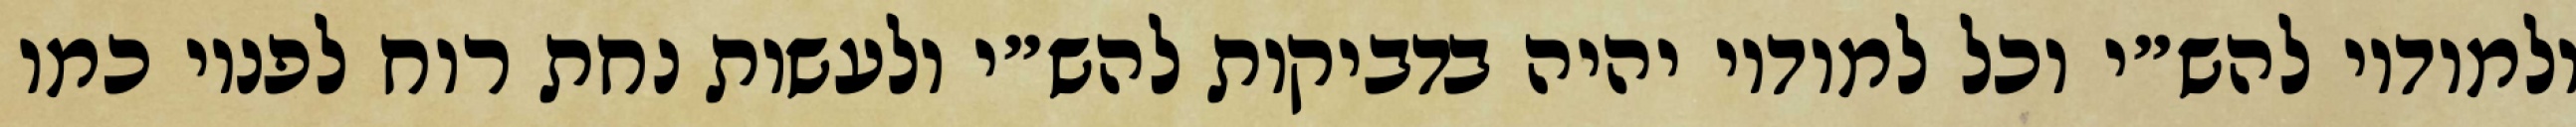
ולמודיו להש״י וכל למודיו יהיה בדביקות להש״י ולעשות נחת רוח לפניו כמו